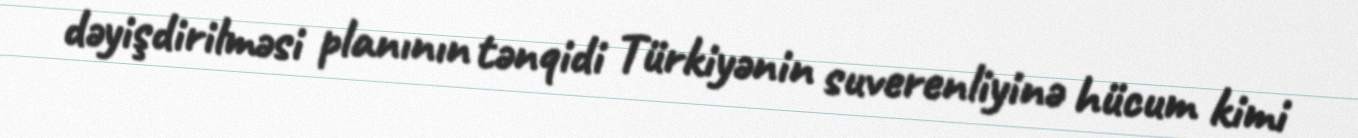
dəyişdirilməsi planının tənqidi Türkiyənin suverenliyinə hücum kimi